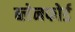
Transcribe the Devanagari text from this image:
ब्लेनफोर्ड